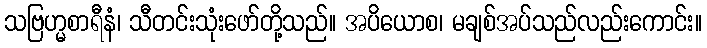
သဗြဟ္မစာရီနံ၊ သီတင်းသုံးဖော်တို့သည်။ အပိယောစ၊ မချစ်အပ်သည်လည်းကောင်း။